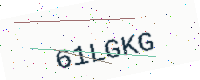
Text: 61LGKG